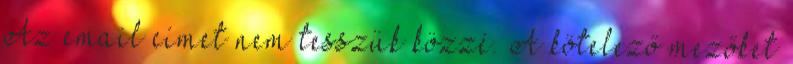
Az email címet nem tesszük közzé. A kötelező mezőket